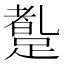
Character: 𲃼